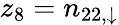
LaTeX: z_{8}=n_{22,\downarrow}